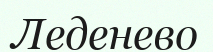
Леденево